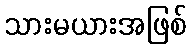
သားမယားအဖြစ်